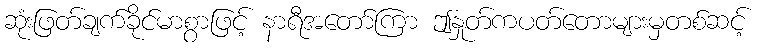
ဆုံးဖြတ်ချက်ခိုင်မာစွာဖြင့် နာရီအတော်ကြာ ဤနှုတ်ကပတ်တောများမှတစ်ဆင့်